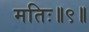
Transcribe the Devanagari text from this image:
मतिः॥९॥